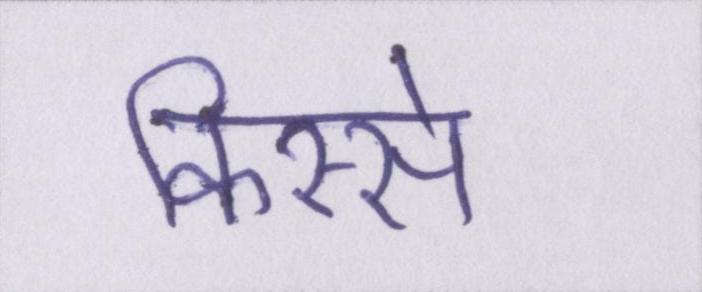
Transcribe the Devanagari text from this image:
किस्से